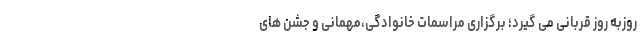
روزبه روز قربانی می گیرد؛ برگزاری مراسمات خانوادگی،مهمانی و جشن های